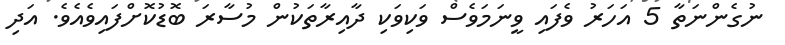
ނުގެންނަތާ 5 އަހަރު ވެފައި ވީނަމަވެސް ވަކިވަކި ދާއިރާތަކުން މުސާރަ ބޮޑުކޮށްފައިވެއެވެ. އަދި